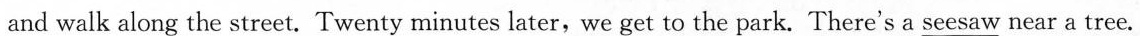
and walk along the street. Twenty minutes later,we get to the park. There's a s\underline{seesaw} near a tree.